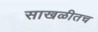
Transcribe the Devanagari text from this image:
साखळीतच